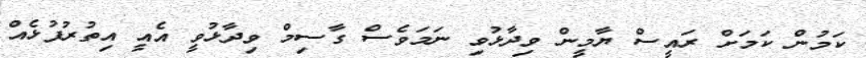
ކަމުން ކަމަށް ރައީސް ޔާމީން ވިދާޅުވި ނަމަވެސް ގާސިމް ވިދާޅުވީ އެއީ އިތުރުފުޅެއް